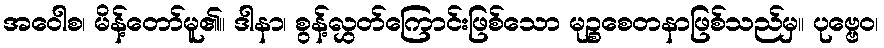
အဝေါစ၊ မိန့်တော်မူ၏။ ဒါနာ၊ စွန့်လွှတ်ကြောင်းဖြစ်သော မုဉ္စစေတနာဖြစ်သည်မှ။ ပုဗ္ဗေဝ၊